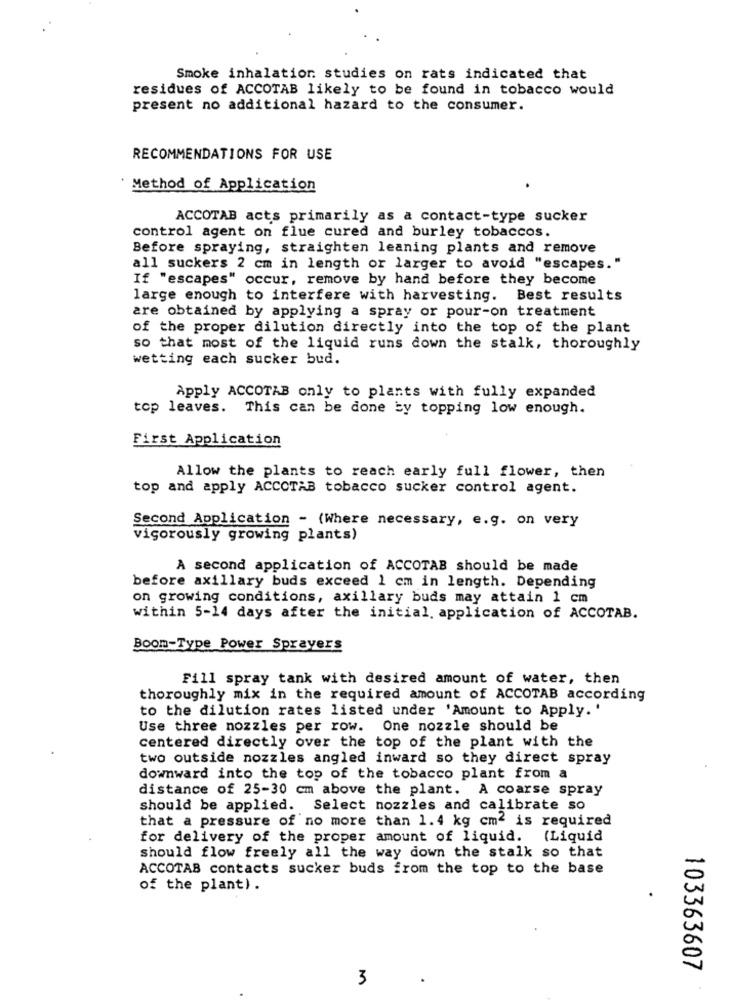
Smoke inhalation studies on rats indicated that
residues of ACCOTAB likely to be found in tobacco would
present no additional hazard to the consumer.
RECOMMENDATIONS FOR USE
Method of Application
ACCOTAB acts primarily as a contact-type sucker
control agent on flue cured and burley tobaccos.
Before spraying, straighten leaning plants and remove
all suckers 2 cm in length or larger to avoid "escapes."
If "escapes" occur, remove by hand before they become
large enough to interfere with harvesting. Best results
are obtained by applying a spray or pour-on treatment
of the proper dilution directly into the top of the plant
so that most of the liquid runs down the stalk, thoroughly
wetting each sucker bud.
Apply ACCOTAB only to plants with fully expanded
top leaves. This can be done by topping low enough.
First Application
Allow the plants to reach early full flower, then
top and apply ACCOTAB tobacco sucker control agent.
Second Application - (Where necessary, e.g. on very
vigorously growing plants)
A second application of ACCOTAB should be made
before axillary buds exceed 1 cm in length. Depending
on growing conditions, axillary buds may attain 1 cm
within 5-14 days after the initial. application of ACCOTAB.
Boom-Type Power Sprayers
Fill spray tank with desired amount of water, then
thoroughly mix in the required amount of ACCOTAB according
to the dilution rates listed under 'Amount to Apply.'
Use three nozzles per row. One nozzle should be
centered directly over the top of the plant with the
two outside nozzles angled inward so they direct spray
downward into the top of the tobacco plant from a
distance of 25-30 cm above the plant. A coarse spray
should be applied. Select nozzles and calibrate so
that a pressure of no more than 1.4 kg cm2 is required
for delivery of the proper amount of liquid.
(Liquid
should flow freely all the way down the stalk so that
ACCOTAB contacts sucker buds from the top to the base
of the plant).
103363607
3